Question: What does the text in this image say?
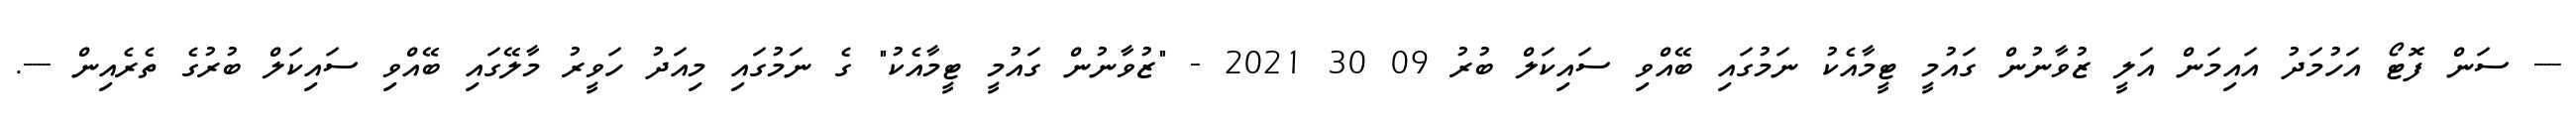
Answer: --- ސަން ފޮޓޯ އަހުމަދު އައިމަން އަލީ ޒުވާނުން ގައުމީ ޓީމާއެކު ނަމުގައި ބޭއްވި ސައިކަލް ބުރު 09 30 2021 - "ޒުވާނުން ގައުމީ ޓީމާއެކު" ގެ ނަމުގައި މިއަދު ހަވީރު މާލޭގައި ބޭއްވި ސައިކަލް ބުރުގެ ތެރެއިން ---.